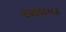
રસદાયક